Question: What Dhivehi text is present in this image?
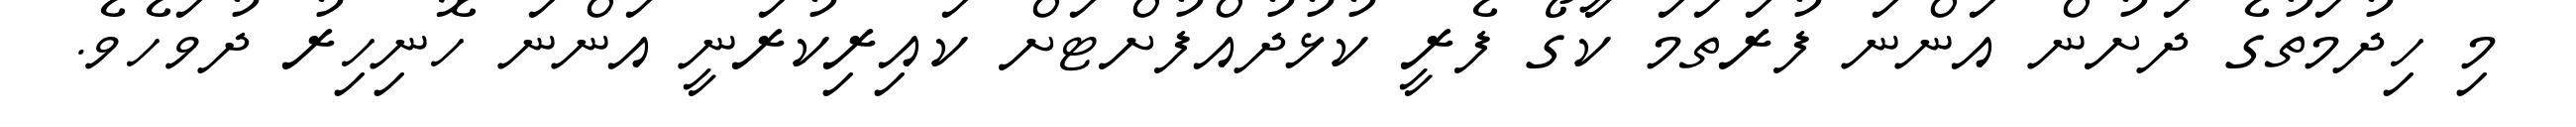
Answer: މި ހިދުމަތުގެ ދަށުން އަންނަ ފުރަތަމަ ކާގޯ ފެރީ ކުޅުދުއްފުށްޓަށް ކައިރިކުރަނީ އަންނަ ހޮނިހިރު ދުވަހެވެ.